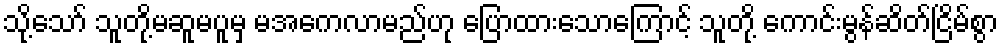
သို့သော် သူတို့မဆူမပူမှ မအေကလာမည်ဟု ပြောထားသောကြောင့် သူတို့ ကောင်းမွန်ဆိတ်ငြိမ်စွာ